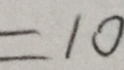
= 1 0